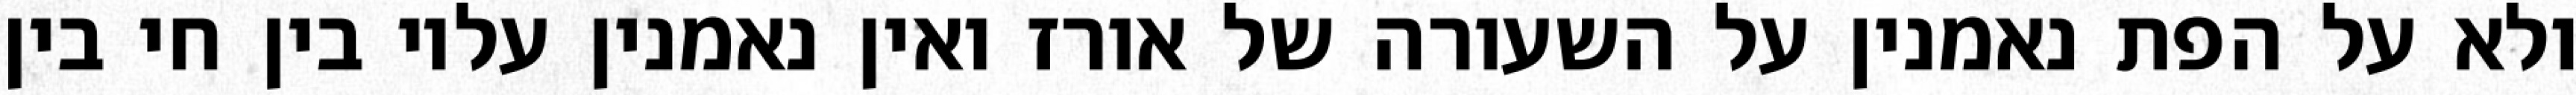
ולא על הפת נאמנין על השעורה של אורז ואין נאמנין עליו בין חי בין